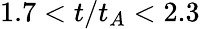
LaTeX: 1.7<t/t_{A}<2.3